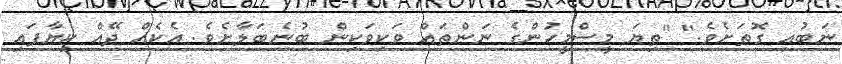
ނަބުއި ގޮތަށެވެ." "ތިޔަ މީސްމީހުންގެ ނަންތައް ވަކިވަކިން ބުނެބަލާށެވެ. އެކެއް ދޭއް ކިޔާފައި